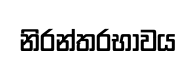
නිරන්තරභාවය